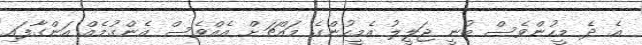
އެ ދެ މީހުންވެސް ބުނީ ޖަލީލު އެމީހުންގެ މައްޗަށް އެއްވެސް އެންގުމެއް އަންގާފައި